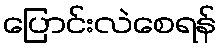
ပြောင်းလဲစေရန်